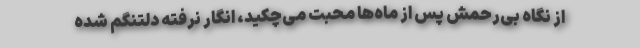
از نگاه بی‌رحمش پس از ماه‌ها محبت می‌چکید، انگار نرفته دلتنگم شده